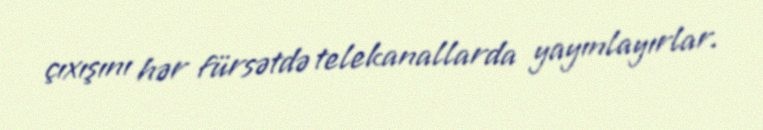
çıxışını hər fürsətdə telekanallarda yayınlayırlar.